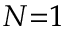
N { = } 1